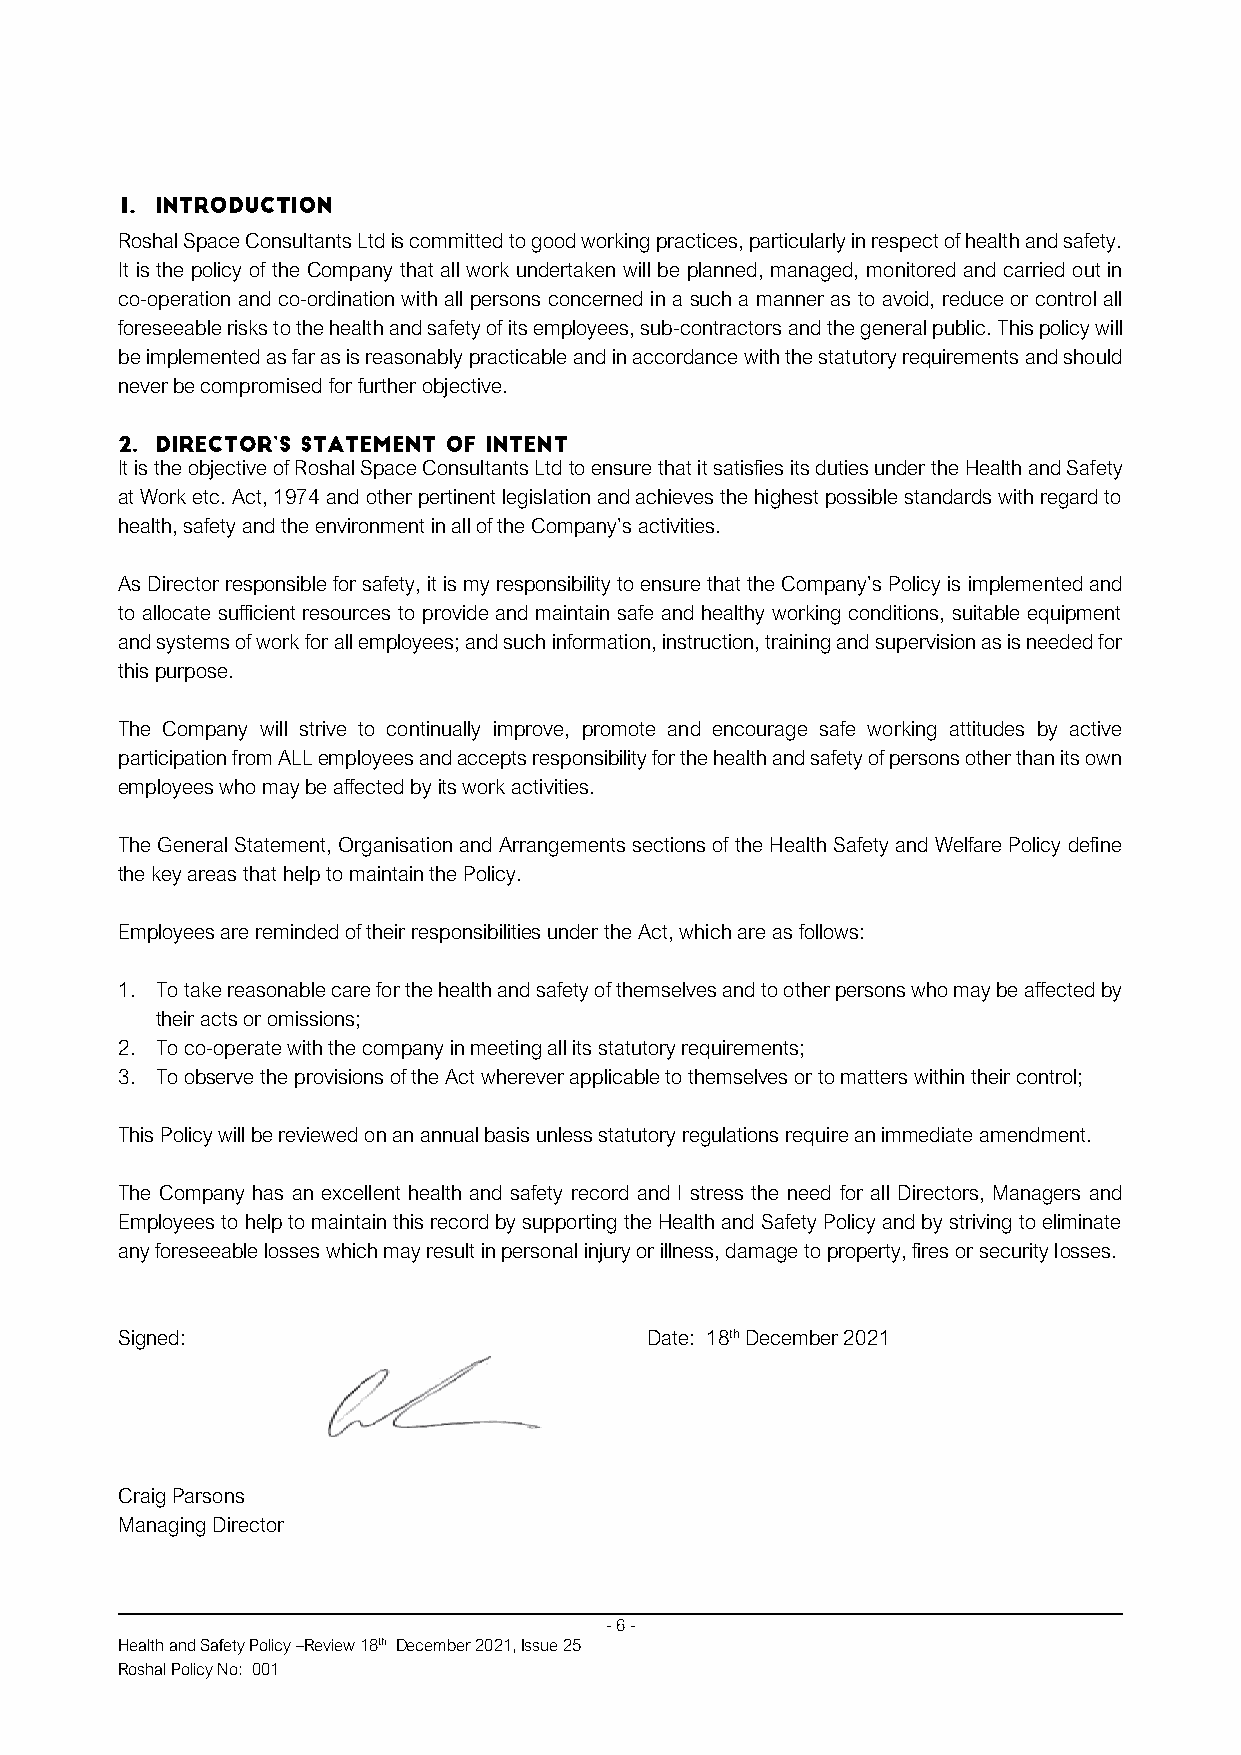
Roshal Space Consultants Ltd is committed to good working practices, particularly in respect of health and safety.
 It is the policy of the Company that all work undertaken will be planned, managed, monitored and carried out in
 co-operation and co-ordination with all persons concerned in a such a manner as to avoid, reduce or control all
 foreseeable risks to the health and safety of its employees, sub-contractors and the general public. This policy will
 be implemented as far as is reasonably practicable and in accordance with the statutory requirements and should
 never be compromised for further objective.
 It is the objective of Roshal Space Consultants Ltd to ensure that it satisfies its duties under the Health and Safety
 at Work etc. Act, 1974 and other pertinent legislation and achieves the highest possible standards with regard to
 health, safety and the environment in all of the Company’s activities.
 As Director responsible for safety, it is my responsibility to ensure that the Company’s Policy is implemented and
 to allocate sufficient resources to provide and maintain safe and healthy working conditions, suitable equipment
 and systems of work for all employees; and such information, instruction, training and supervision as is needed for
 this purpose.
 The Company will strive to continually improve, promote and encourage safe working attitudes by active
 participation from ALL employees and accepts responsibility for the health and safety of persons other than its own
 employees who may be affected by its work activities.
 The General Statement, Organisation and Arrangements sections of the Health Safety and Welfare Policy define
 the key areas that help to maintain the Policy.
 Employees are reminded of their responsibilities under the Act, which are as follows:
 1. To take reasonable care for the health and safety of themselves and to other persons who may be affected by
 their acts or omissions;
 2. To co-operate with the company in meeting all its statutory requirements;
 3. To observe the provisions of the Act wherever applicable to themselves or to matters within their control;
 This Policy will be reviewed on an annual basis unless statutory regulations require an immediate amendment.
 The Company has an excellent health and safety record and I stress the need for all Directors, Managers and
 Employees to help to maintain this record by supporting the Health and Safety Policy and by striving to eliminate
 any foreseeable losses which may result in personal injury or illness, damage to property, fires or security losses.
 Signed:                            D a t e : 1 8th December 2021
 Craig Parsons
 Managing Director
 - 6 -
 Health and Safety Policy –Review 18th December 2021, Issue 25
 Roshal Policy No: 001